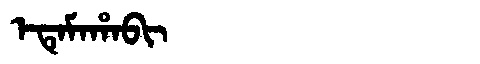
Manchu: ᡝᡨᡝᠮᠠᡥᠠᠪᡳ
Romanization: ETEMAHABI